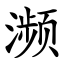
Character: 濒